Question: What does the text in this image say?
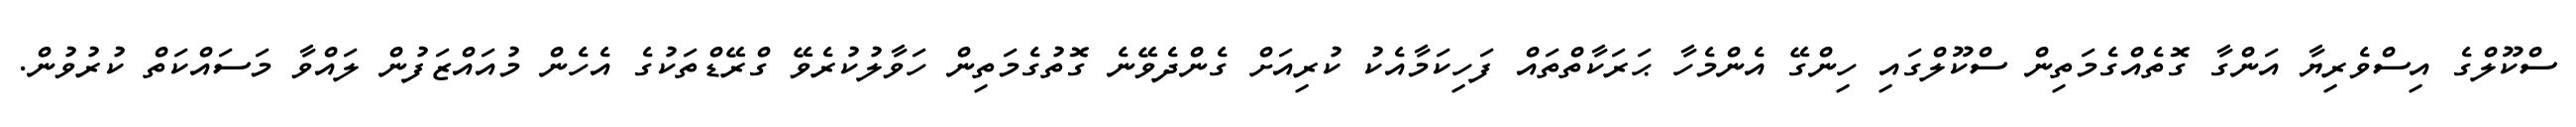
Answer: ސްކޫލްގެ އިސްވެރިޔާ އަންގާ ގޮތެއްގެމަތިން ސްކޫލްގައި ހިންގޭ އެންމެހާ ޙަރަކާތްތައް ފަހިކަމާއެކު ކުރިއަށް ގެންދެވޭނެ ގޮތުގެމަތިން ހަވާލުކުރެވޭ ގްރޭޑްތަކުގެ އެހެން މުއައްޒަފުން ލައްވާ މަސައްކަތް ކުރުވުން.